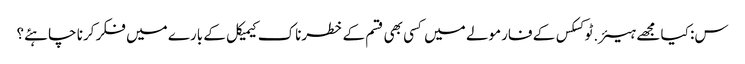
س: کیا مجھے ہیئر.ٹوکسکس کے فارمولے میں کسی بھی قسم کے خطرناک کیمیکل کے بارے میں فکر کرنا چاہئے؟